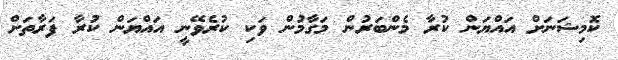
ކޮމިޝަނަށް އައްޔަން ކުރާ މެންބަރުން މަގާމުން ވަކި ކުރެވޭނީ އައްޔަން ކުރާ ފަރާތަށް